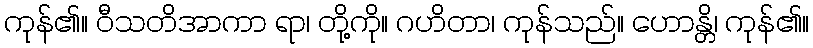
ကုန်၏။ ဝီသတိအာကာ ရာ၊ တို့ကို။ ဂဟိတာ၊ ကုန်သည်။ ဟောန္တိ၊ ကုန်၏။